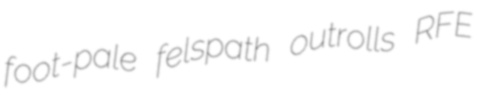
foot-pale felspath outrolls RFE